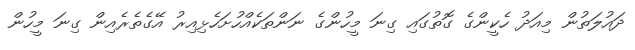
ދައުލަތުން މިއަދު ހެކީންގެ ގޮތުގައި ގިނަ މީހުންގެ ނަންތަކެއްހުށަހެޅިއިރު އޭގެތެރެއިން ގިނަ މީހުން